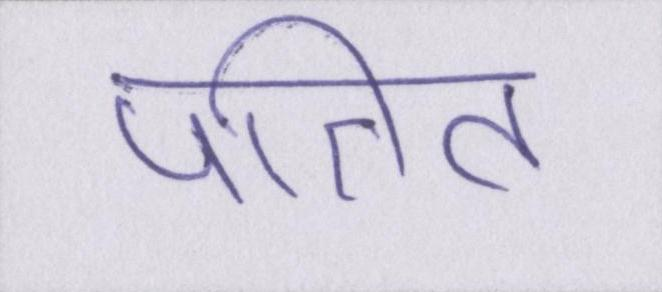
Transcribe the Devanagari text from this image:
पतित